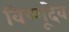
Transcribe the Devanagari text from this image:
विष्णूदेव